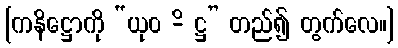
[ကနိဋ္ဌောကို “ယုဝ -ိ ဋ္ဌ” တည်၍ တွက်လေ။]